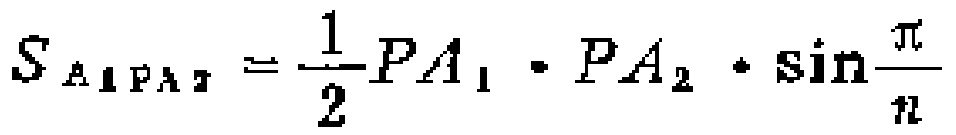
$S_{A_{1}PA_{2}}=\frac{1}{2}PA_{1}\cdot PA_{2}\cdot\sin\frac{\pi}{n}$